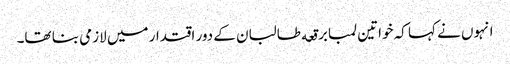
انہوں نے کہا کہ خواتین لمبا برقعه طالبان کے دور اقتدار میں لازمی بنا تھا۔